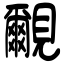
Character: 覼